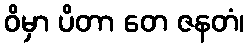
ဝိမှာ ပိတာ တေ ဇနတံ၊